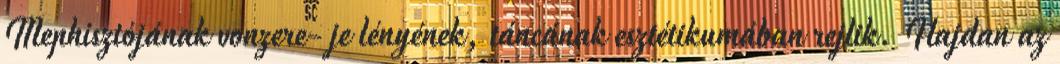
Mephisztójának vonzere- je lényének, táncának esztétikumában rejlik. Hajdan az